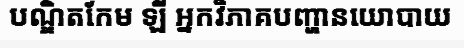
បណ្ឌិតកែម ឡី អ្នកវិភាគបញ្ហានយោបាយ